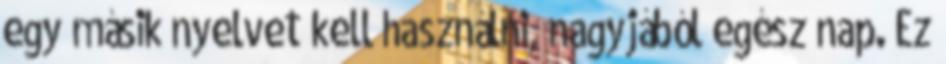
egy másik nyelvet kell használni, nagyjából egész nap. Ez